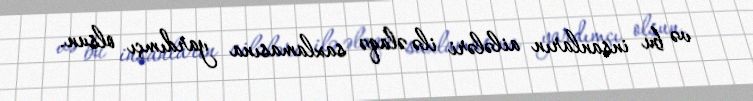
və bu insanların ailələri ilə əlaqə saxlamasına yardımçı olsun.